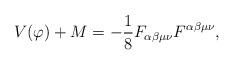
LaTeX: \begin{align*}V(\varphi)+M=-\frac{1}{8}F_{\alpha\beta\mu\nu}F^{\alpha\beta\mu\nu}, \end{align*}